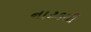
નાટકથી